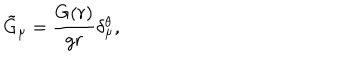
\tilde { G } _ { \mu } = \frac { G ( r ) } { g r } \delta _ { \mu } ^ { \theta } ,